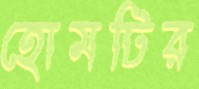
হোমটির